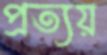
প্রত্যয়